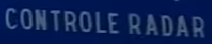
CONTROLE RADAR